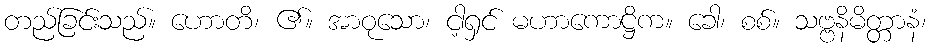
တည်ခြင်းသည်။ ဟောတိ၊ ၏။ အာဝုသော၊ ငါ့ရှင် မဟာကောဋ္ဌိက။ ခေါ၊ စစ်။ သဗ္ဗနိမိတ္တာနံ၊